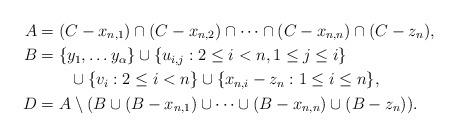
LaTeX: \begin{align*}A & = (C - x_{n,1}) \cap (C-x_{n,2}) \cap \cdots \cap (C-x_{n,n}) \cap (C-z_n), \\B & = \{y_1, \ldots y_\alpha\} \cup \{u_{i,j} : 2 \leq i < n, 1 \leq j \leq i\} \\ & \qquad\cup \{v_i : 2 \leq i < n\} \cup \{x_{n,i} - z_n : 1 \leq i \leq n\}, \\D & = A \setminus (B \cup (B-x_{n,1}) \cup \cdots \cup (B-x_{n,n}) \cup (B-z_n) ).\end{align*}